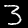
Digit: 3